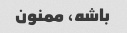
باشه، ممنون